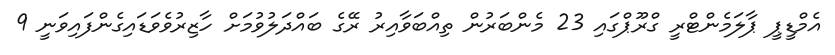
އެމްޑީޕީ ޕާލަމެންޓްރީ ގްރޫޕްގައި 23 މެންބަރުން ތިއްބަވާއިރު ރޭގެ ބައްދަލުވުމަށް ހާޒިރުވެވަޑައިގެންފައިވަނީ 9